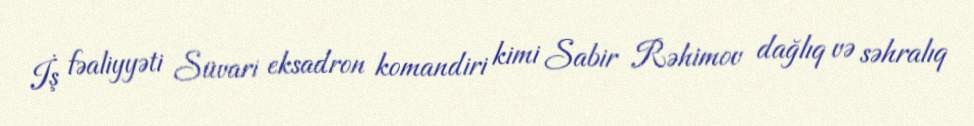
İş fəaliyyəti Süvari eksadron komandiri kimi Sabir Rəhimov dağlıq və səhralıq